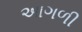
આગળી